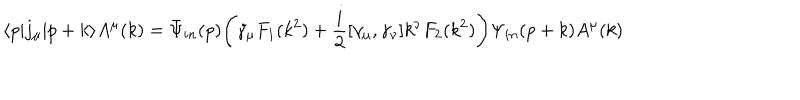
\langle p | j _ { \mu } | p + k \rangle A ^ { \mu } ( k ) = \bar { \Psi } _ { i n } ( p ) \Biggl ( \gamma _ { \mu } F _ { 1 } ( k ^ { 2 } ) + \frac { i } { 2 } [ \gamma _ { \mu } , \gamma _ { \nu } ] k ^ { \nu } F _ { 2 } ( k ^ { 2 } ) \Biggr ) \Psi _ { i n } ( p + k ) A ^ { \mu } ( k )